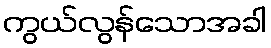
ကွယ်လွန်သောအခါ